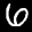
Label: 6